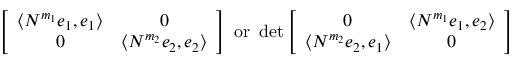
\left[ \begin{array} { c c } { \langle N ^ { m _ { 1 } } e _ { 1 } , e _ { 1 } \rangle } & { 0 } \\ { 0 } & { \langle N ^ { m _ { 2 } } e _ { 2 } , e _ { 2 } \rangle } \end{array} \right] \mathrm { ~ o r ~ } \operatorname* { d e t } \left[ \begin{array} { c c } { 0 } & { \langle N ^ { m _ { 1 } } e _ { 1 } , e _ { 2 } \rangle } \\ { \langle N ^ { m _ { 2 } } e _ { 2 } , e _ { 1 } \rangle } & { 0 } \end{array} \right]